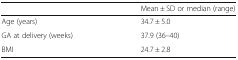
|  | Mean ± SD or median (range) |
 | --- | --- |
 | Age (years) | 34.7 ± 5.0 |
 | GA at delivery (weeks) | 37.9 (36–40) |
 | BMI | 24.7 ± 2.8 |